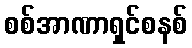
စစ်အာဏာရှင်စနစ်